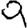
Digit: 9